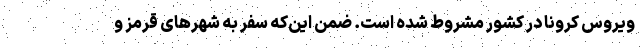
ویروس کرونا در کشور مشروط شده است. ضمن این‌که سفر به شهرهای قرمز و